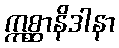
ဣစ္ဆာနိဒါနာ